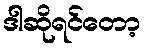
ဒါဆိုရင်တော့